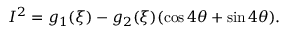
I ^ { 2 } = g _ { 1 } ( \xi ) - g _ { 2 } ( \xi ) ( \cos 4 \theta + \sin 4 \theta ) .